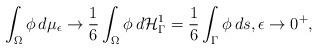
LaTeX: \begin{align*}\int_\Omega \phi\,d\mu_\epsilon \rightarrow \frac{1}{6}\int_\Omega \phi \,d\mathcal{H}^1_\Gamma= \frac{1}{6}\int_\Gamma \phi \,ds, \epsilon \rightarrow 0^+,\end{align*}